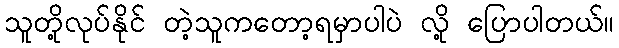
သူတို့လုပ်နိုင် တဲ့သူကတော့ရမှာပါပဲ လို့ ပြောပါတယ်။